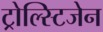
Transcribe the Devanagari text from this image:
ट्रोल्स्टिजेन